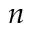
n